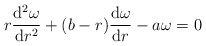
\begin{align*}r\frac{\mathrm{d}^2\omega}{\mathrm{d}r^2}+(b-r)\frac{\mathrm{d}\omega}{\mathrm{d}r}-a\omega=0\end{align*}